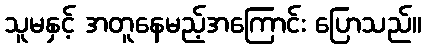
သူမနှင့် အတူနေမည့်အကြောင်း ပြောသည်။